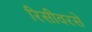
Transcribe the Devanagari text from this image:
रिसीवरसे